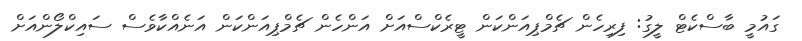
ގައުމީ ބާސްކެޓް ލީގު: ފިރިހެން ޗެމްޕިއަންކަން ޓީރެކްސްއަށް އަންހެން ޗެމްޕިއަންކަން އަނެއްކާވެސް ސައިކްލޯންއަށް